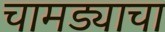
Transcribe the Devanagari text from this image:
चामड्याचा